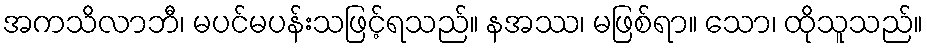
အကသိလာဘီ၊ မပင်မပန်းသဖြင့်ရသည်။ နအဿ၊ မဖြစ်ရာ။ သော၊ ထိုသူသည်။